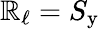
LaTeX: \mathbb{R}_{\mathrm{{\ell}}}=S_{\mathrm{{y}}}